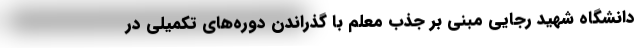
دانشگاه شهید رجایی مبنی بر جذب معلم با گذراندن دوره‌های تکمیلی در